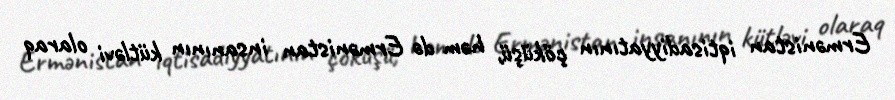
Ermənistan iqtisadiyyatının çöküşü, həm də Ermənistan insanının kütləvi olaraq